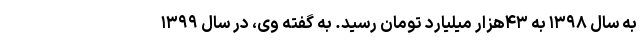
به سال ۱۳۹۸ به ۴۳هزار میلیارد تومان رسید. به گفته وی، در سال ۱۳۹۹